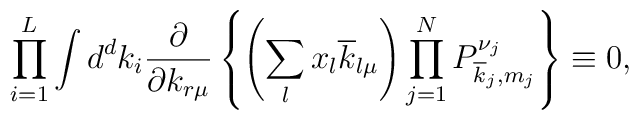
\prod_{i=1}^{L} \int d^dk_i\frac{\partial }{\partial k_{r\mu}} \left\{\left( \sum_l x_l \overline{k}_{l\mu} \right)\prod^{N}_{j=1}P^{\nu_j}_{\overline{k}_j,m_j} \right\} \equiv 0,